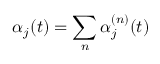
\alpha _ { j } ( t ) = \sum _ { n } \alpha _ { j } ^ { ( n ) } ( t )